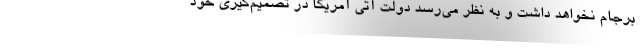
برجام نخواهد داشت و به نظر می‌رسد دولت آتی آمریکا در تصمیم‌گیری خود